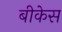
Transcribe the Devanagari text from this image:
बीकेस